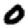
Digit: 0